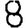
Digit: 8